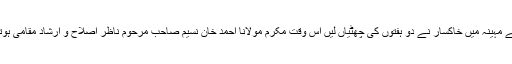
اگست کے مہینہ میں خاکسار نے دو ہفتوں کی چھٹیاں لیں اس وقت مکرم مولانا احمد خان نسیم صاحب مرحوم ناظر اصلاح و ارشاد مقامی ہوتے تھے۔